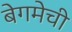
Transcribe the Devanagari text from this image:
बेगमेची